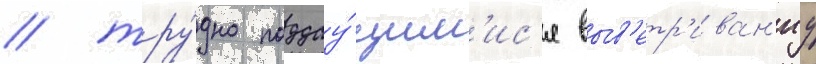
/ тру́дно поддау́щим'ис'я выв'етр'иван'иу